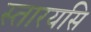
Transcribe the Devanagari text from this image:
स्तारयसि